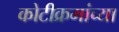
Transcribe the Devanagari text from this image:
कोटीक्रमांच्या